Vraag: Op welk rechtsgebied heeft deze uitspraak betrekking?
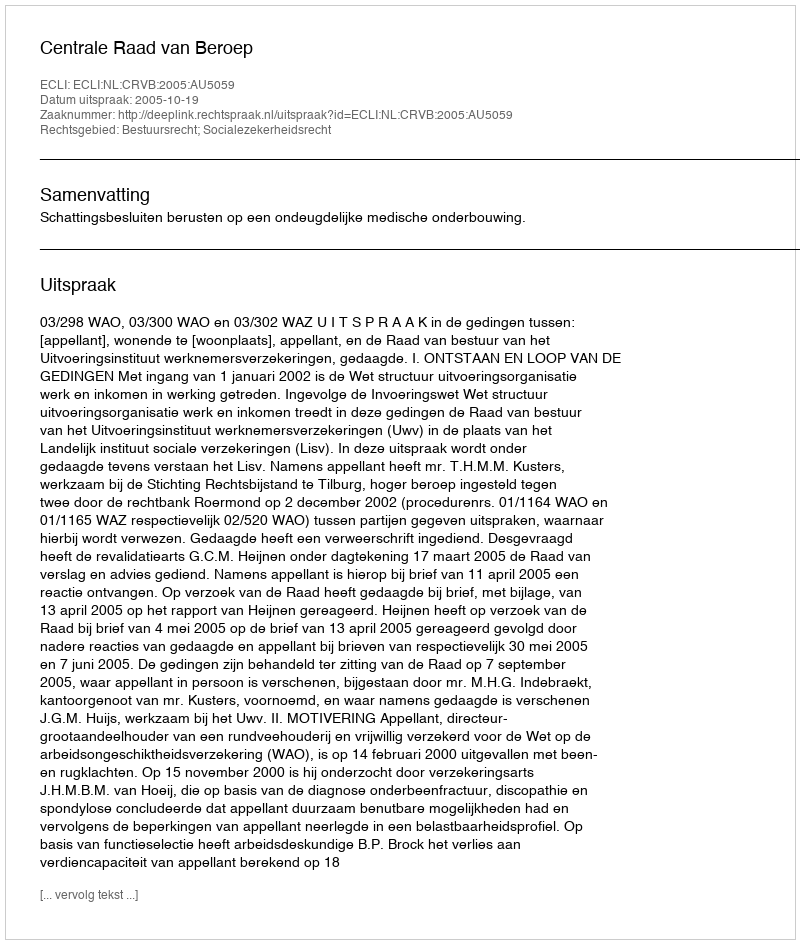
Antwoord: Bestuursrecht; Socialezekerheidsrecht